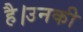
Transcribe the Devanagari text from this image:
है।उनकी